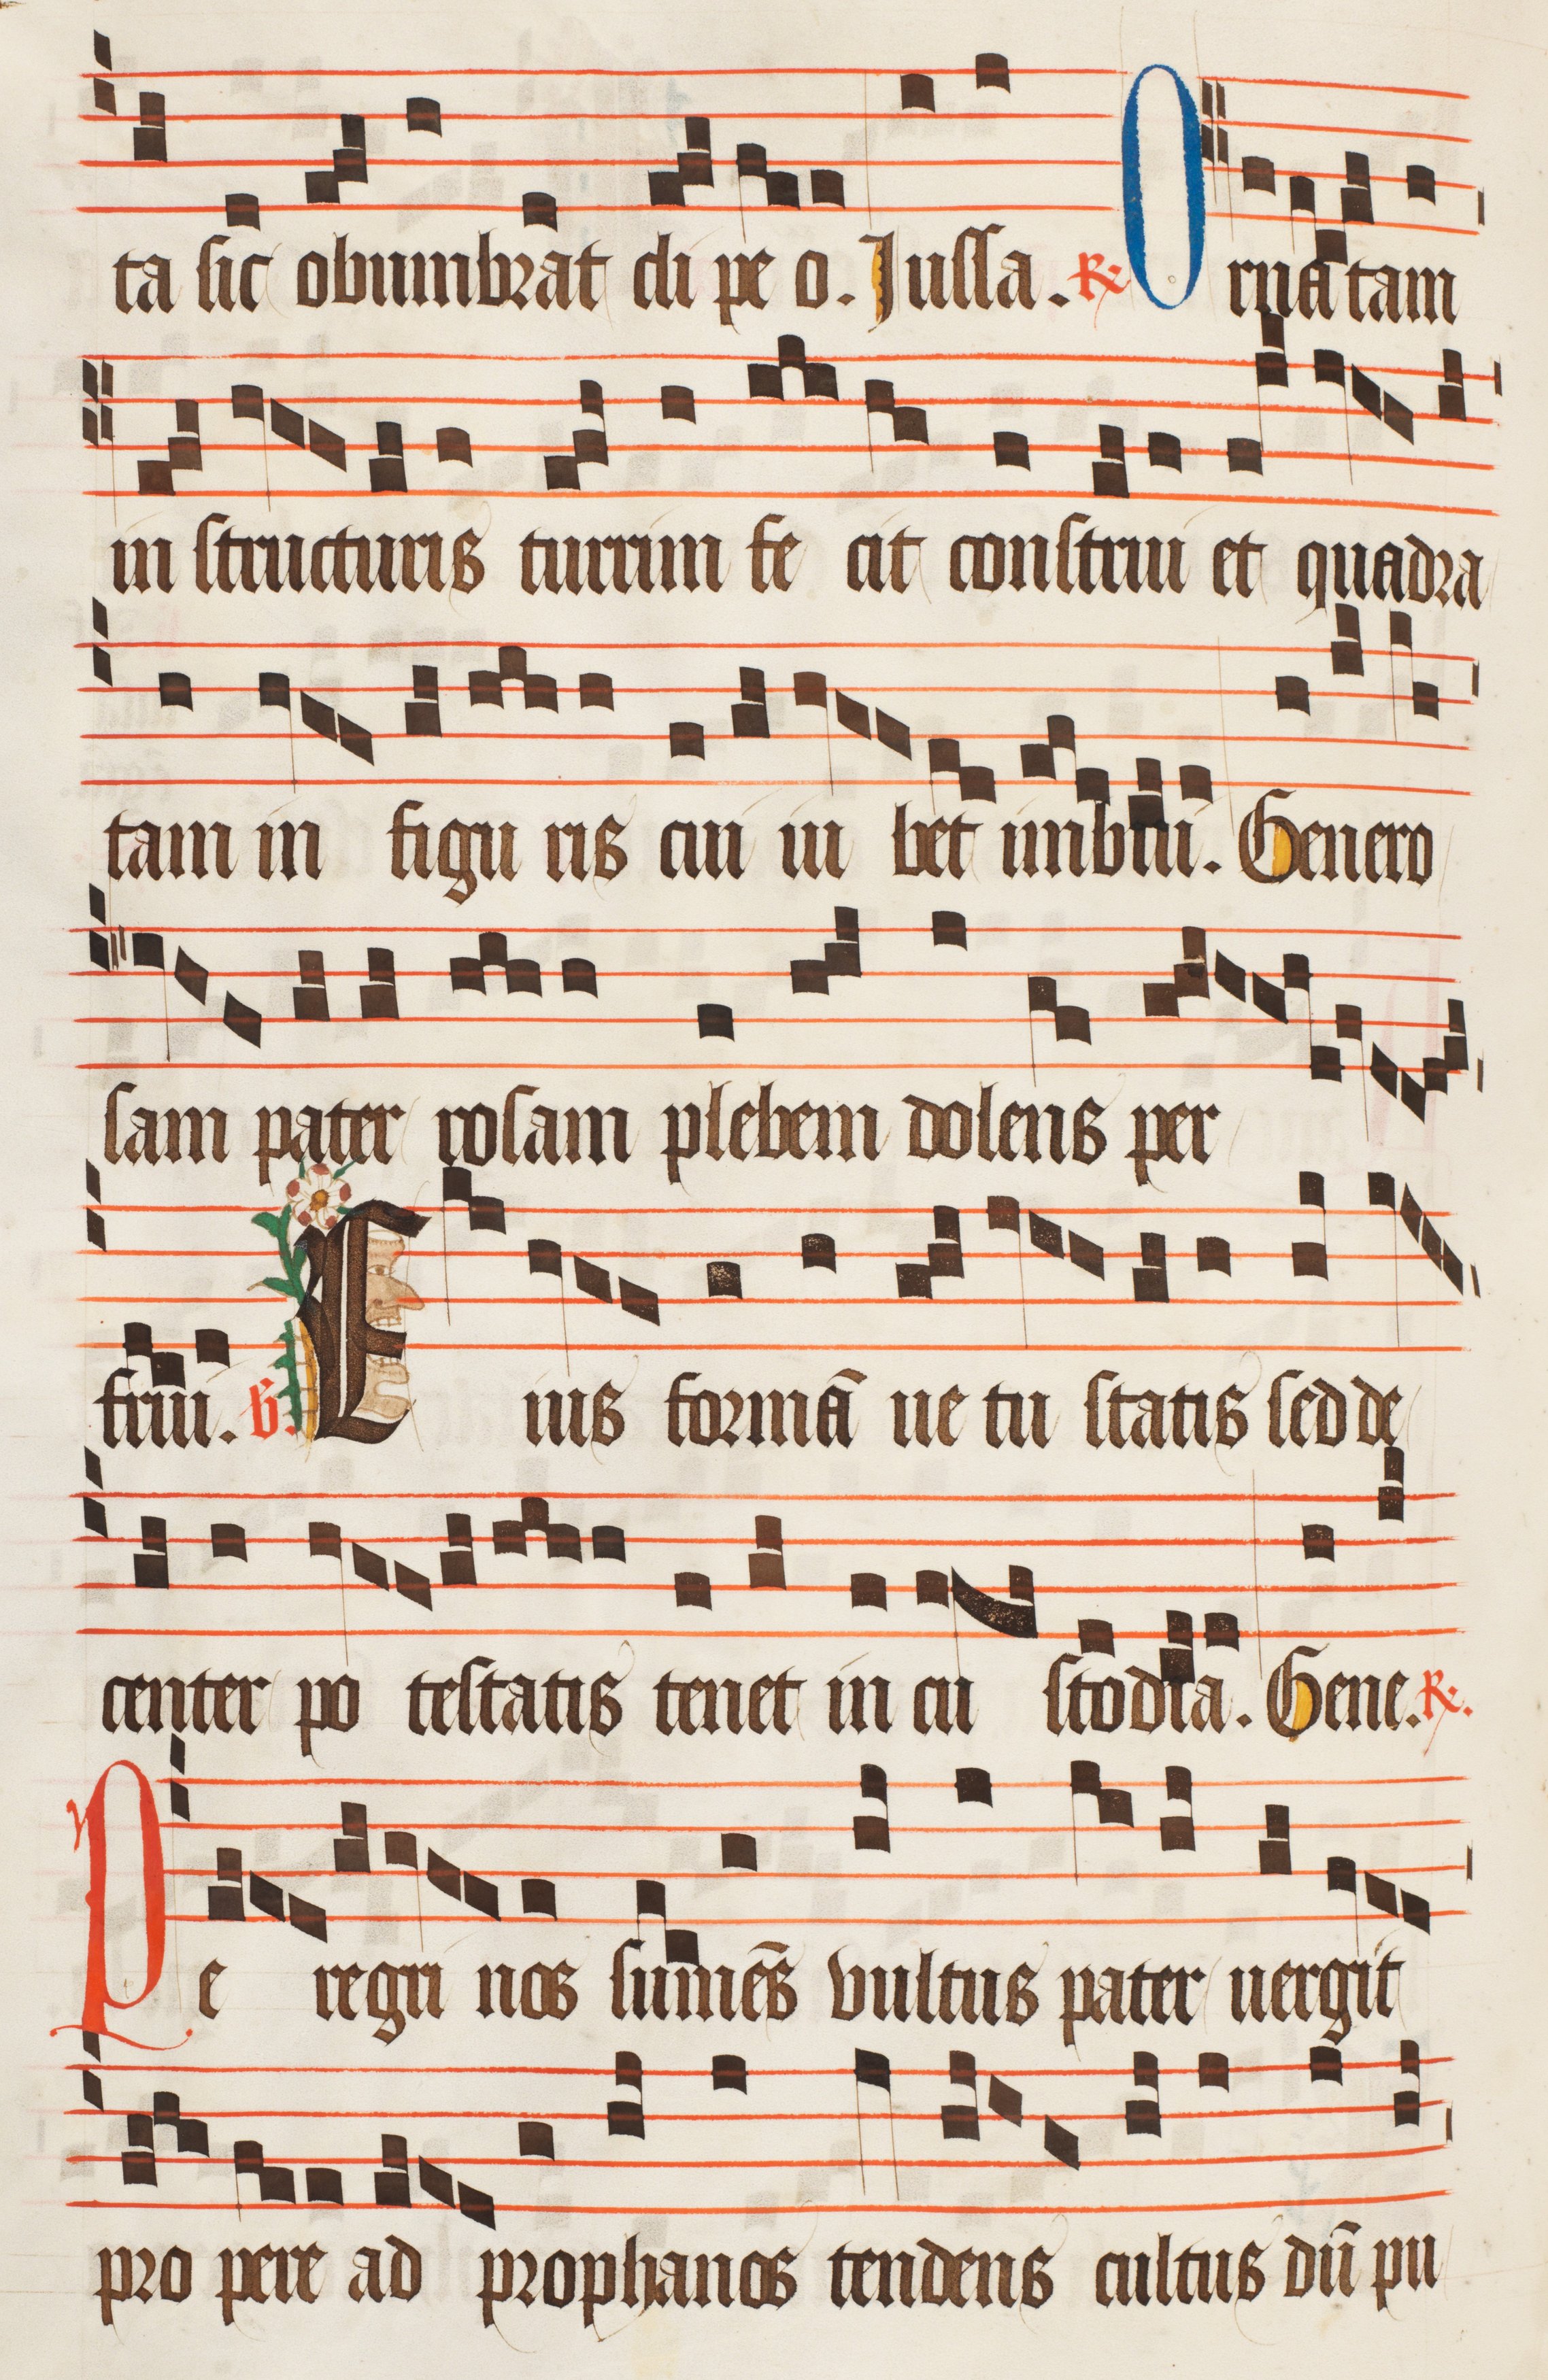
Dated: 1470–1505